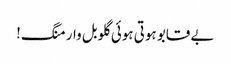
بے قابو ہوتی ہوئی گلوبل وارمنگ!